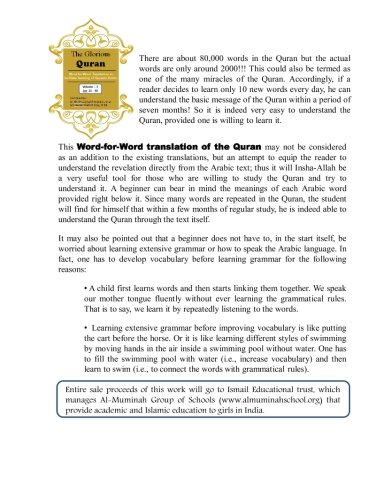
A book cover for The Glorious Quran Word-for-Word Translation to facilitate learning of Quranic Arabic: Volume 3    Juz 21-30 (English and Arabic Edition); Dr Shehnaz Shaikh M.D.; Religion & Spirituality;